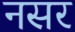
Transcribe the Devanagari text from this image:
नसर